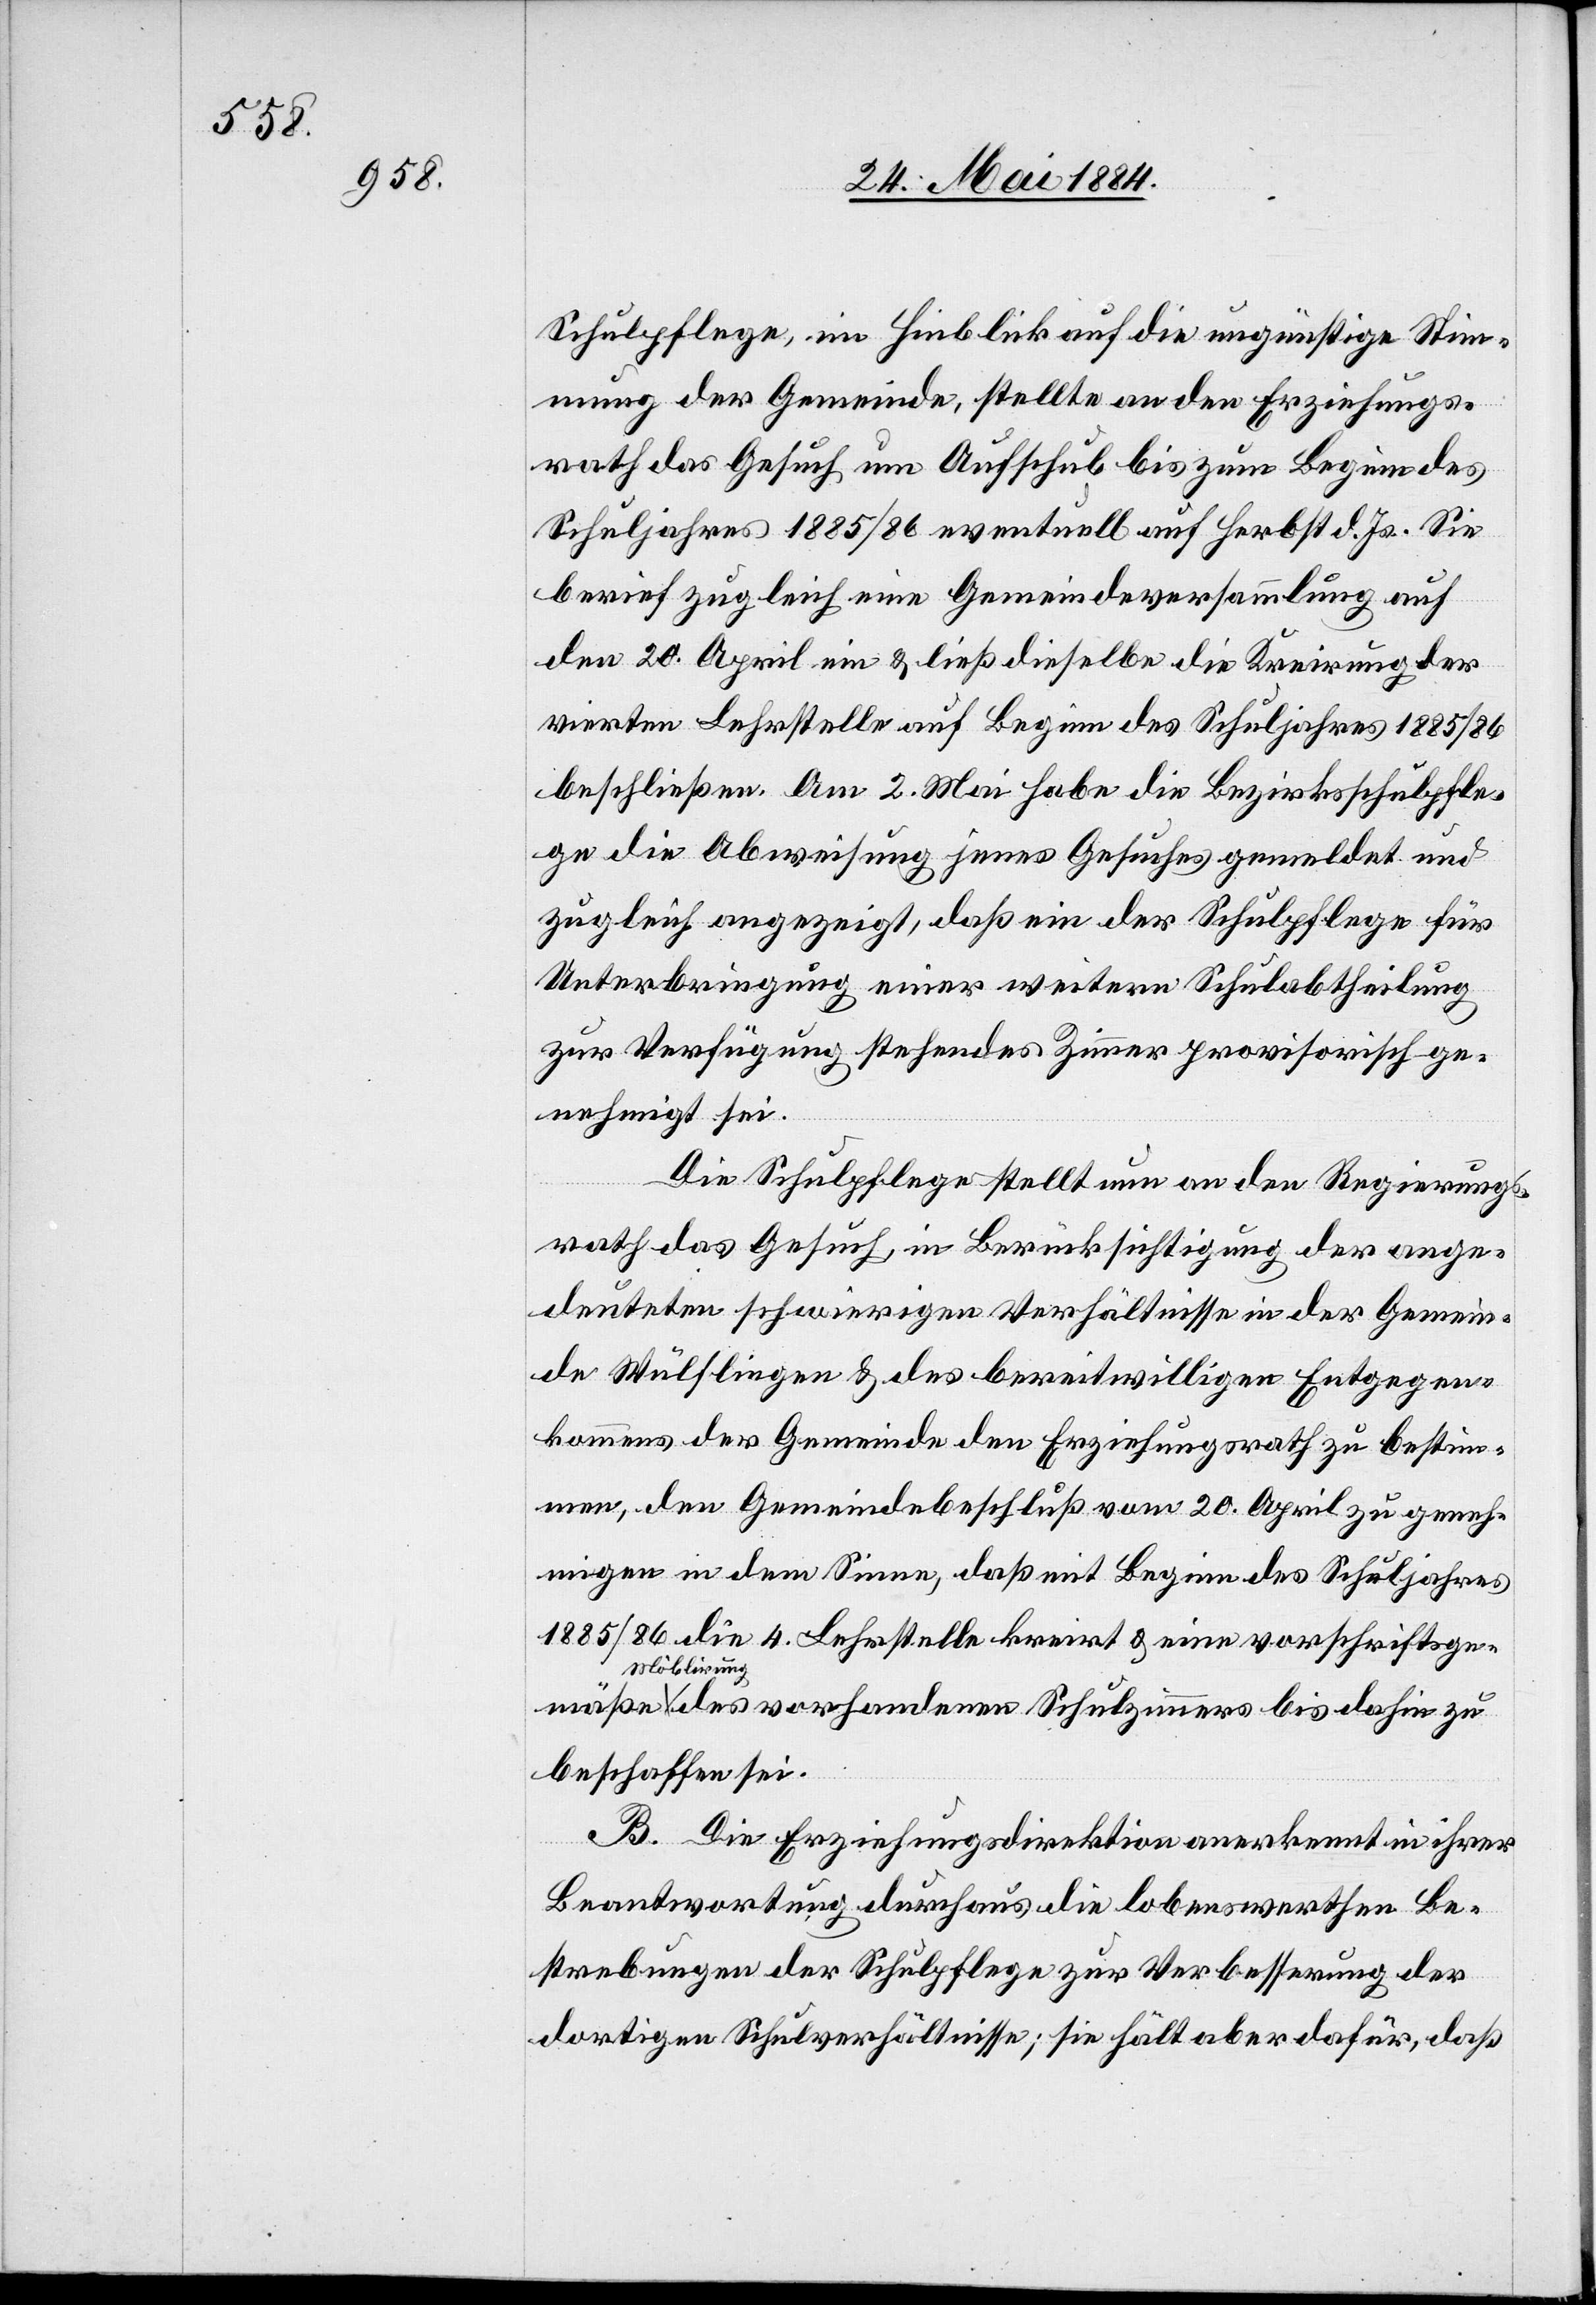
Schulpflege, ein im Hinblick auf die ungünstige Mei¬
nung der Gemeinde, stellte an den Erziehungs¬
rath das Gesuch um Aufschub bis zum Beginn des
Schuljahres 1885/86 eventuell auf Herbst d. Js. Sie
berief zugleich eine Gemeindeversammlung auf
den 20. April ein & ließ dieselbe die Kreirung der
vierten Lehrstelle auf Beginn des Schuljahres 1885/86
beschließen. Am 2. Mai habe die Bezirksschulpfle¬
zugleich angezeigt, daß ein der Schulpflege für
Unterbringung einer weitern Schulabtheilung
zu Verfügung stehendes Zimmer provisorisch ge¬
nehmigt sei.
Die Schulpflege stellt nun an den Regierungs¬
rath das Gesuch, in Berücksichtigung der ange¬
deuteten schwierigen Verhältnisse in der Gemein¬
de Wülflingen & des bereitwilligen Entgegen¬
kommens der Gemeinde den Erziehungsrath zu bestim¬
men, den Gemeindebeschluß vom 20. April zu geneh¬
migen in dem Sinne, daß mit Beginn des Schuljahres
1885/86 die 4. Lehrstelle kreirt & eine vorschriftsge¬
Möblirung
des vorhandenen Schulzimmers bis dahin zu
mäße
beschaffen sei.
B. Die Erziehungsdirektion anerkannt in ihrer
Beantwortung durchaus die lobenswerthen Be¬
strebungen der Schulpflege zur Verbesserung der
dortigen Schulverhältnisse; sie hält aber dafür, daß